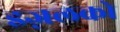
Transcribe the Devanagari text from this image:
इज़लको